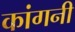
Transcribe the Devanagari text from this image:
कांगनी